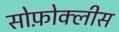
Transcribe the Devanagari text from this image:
सोफ़ोक्लीस